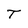
Character: T